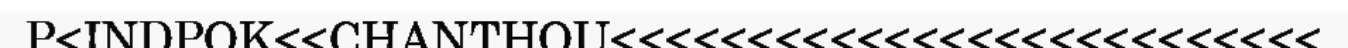
P<INDPOK<<CHANTHOU<<<<<<<<<<<<<<<<<<<<<<<<<<